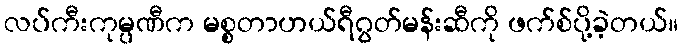
လပ်ကီးကုမ္ပဏီက မစ္စတာဟယ်ရီဂွတ်မန်းဆီကို ဖက်စ်ပို့ခဲ့တယ်။